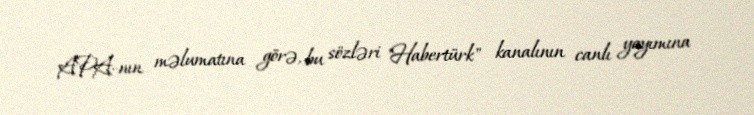
APA-nın məlumatına görə, bu sözləri "Habertürk" kanalının canlı yayımına